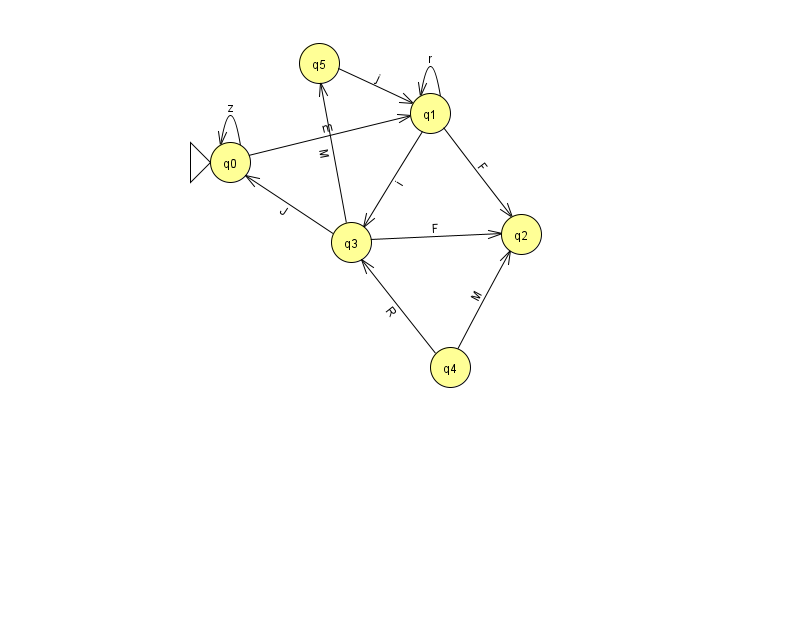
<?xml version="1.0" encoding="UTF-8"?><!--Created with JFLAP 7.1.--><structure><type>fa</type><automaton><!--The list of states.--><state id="0" name="q0"><x>230.0</x><y>149.0</y><initial/></state><state id="1" name="q1"><x>430.0</x><y>100.0</y></state><state id="2" name="q2"><x>521.0</x><y>221.0</y></state><state id="3" name="q3"><x>351.0</x><y>229.0</y></state><state id="4" name="q4"><x>450.0</x><y>354.0</y></state><state id="5" name="q5"><x>319.0</x><y>50.0</y></state><!--The list of transitions.--><transition><from>1</from><to>1</to><read>r</read></transition><transition><from>3</from><to>0</to><read>J</read></transition><transition><from>0</from><to>1</to><read>m</read></transition><transition><from>3</from><to>2</to><read>F</read></transition><transition><from>0</from><to>0</to><read>z</read></transition><transition><from>1</from><to>3</to><read>i</read></transition><transition><from>5</from><to>1</to><read>j</read></transition><transition><from>1</from><to>2</to><read>F</read></transition><transition><from>4</from><to>3</to><read>R</read></transition><transition><from>4</from><to>2</to><read>M</read></transition><transition><from>3</from><to>5</to><read>M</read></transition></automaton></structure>